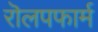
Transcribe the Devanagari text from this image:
रॊलपफार्म